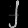
Digit: ၂